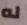
له